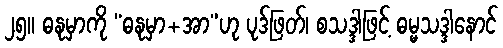
၂၅။ ဓနုမှာကို “ဓနုမှာ+အာ”ဟု ပုဒ်ဖြတ်၊ စသဒ္ဒါဖြင့် ဓမ္မသဒ္ဒါနောင်